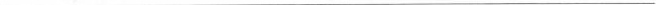
___